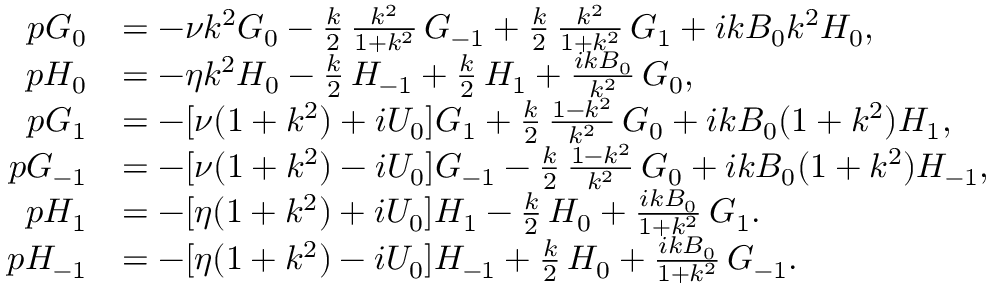
\begin{array} { r l } { p G _ { 0 } } & { = - \nu k ^ { 2 } G _ { 0 } - \frac { k } { 2 } \, \frac { k ^ { 2 } } { 1 + k ^ { 2 } } \, G _ { - 1 } + \frac { k } { 2 } \, \frac { k ^ { 2 } } { 1 + k ^ { 2 } } \, G _ { 1 } + i k B _ { 0 } k ^ { 2 } H _ { 0 } , } \\ { p H _ { 0 } } & { = - \eta k ^ { 2 } H _ { 0 } - \frac { k } { 2 } \, H _ { - 1 } + \frac { k } { 2 } \, H _ { 1 } + \frac { i k B _ { 0 } } { k ^ { 2 } } \, G _ { 0 } , } \\ { p G _ { 1 } } & { = - [ \nu ( 1 + k ^ { 2 } ) + i U _ { 0 } ] G _ { 1 } + \frac { k } { 2 } \, \frac { 1 - k ^ { 2 } } { k ^ { 2 } } \, G _ { 0 } + i k B _ { 0 } ( 1 + k ^ { 2 } ) H _ { 1 } , } \\ { p G _ { - 1 } } & { = - [ \nu ( 1 + k ^ { 2 } ) - i U _ { 0 } ] G _ { - 1 } - \frac { k } { 2 } \, \frac { 1 - k ^ { 2 } } { k ^ { 2 } } \, G _ { 0 } + i k B _ { 0 } ( 1 + k ^ { 2 } ) H _ { - 1 } , } \\ { p H _ { 1 } } & { = - [ \eta ( 1 + k ^ { 2 } ) + i U _ { 0 } ] H _ { 1 } - \frac { k } { 2 } \, H _ { 0 } + \frac { i k B _ { 0 } } { 1 + k ^ { 2 } } \, G _ { 1 } . } \\ { p H _ { - 1 } } & { = - [ \eta ( 1 + k ^ { 2 } ) - i U _ { 0 } ] H _ { - 1 } + \frac { k } { 2 } \, H _ { 0 } + \frac { i k B _ { 0 } } { 1 + k ^ { 2 } } \, G _ { - 1 } . } \end{array}